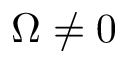
\Omega \neq 0